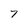
Character: 7